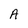
Character: A